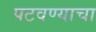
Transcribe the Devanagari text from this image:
पटवण्याचा